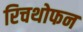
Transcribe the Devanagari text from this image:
रिचथोफन